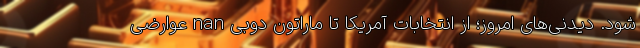
شود. دیدنی‌های امروز؛ از انتخابات آمریکا تا ماراتون دوبی nan عوارضی